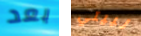
بعد لبيتي